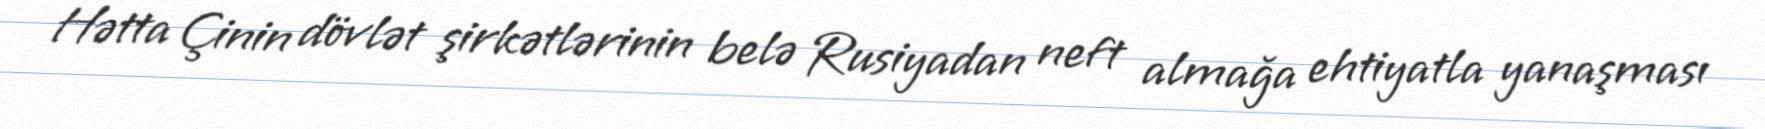
Hətta Çinin dövlət şirkətlərinin belə Rusiyadan neft almağa ehtiyatla yanaşması